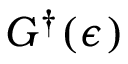
G ^ { \dagger } ( \epsilon )